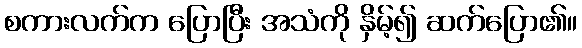
စကားလက်က ပြောပြီး အသံကို နှိမ့်၍ ဆက်ပြော၏။